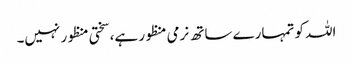
اللہ کو تمہارے ساتھ نرمی منظور ہے، سختی منظور نہیں۔